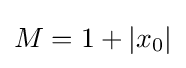
M=1+|x_{0}|